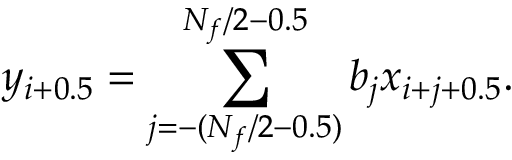
y _ { i + 0 . 5 } = \sum _ { j = - ( N _ { f } / 2 - 0 . 5 ) } ^ { N _ { f } / 2 - 0 . 5 } b _ { j } x _ { i + j + 0 . 5 } .